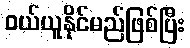
ဝယ်ယူနိုင်မည်ဖြစ်ပြီး